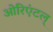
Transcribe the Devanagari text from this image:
ओरिएंटल्